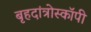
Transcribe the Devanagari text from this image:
बृहदांत्रोस्कॉपी